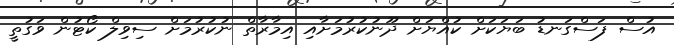
އުސް ފަސްގަނޑު ބަޔަކަށް ކުއްޔަށް ދޫނުކުރުމަށާއި އިމާރާތް ނުކުރުމަށް ސިވިލް ކޯޓުން ވަގުތީ